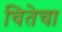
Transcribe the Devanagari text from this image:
चितेचा